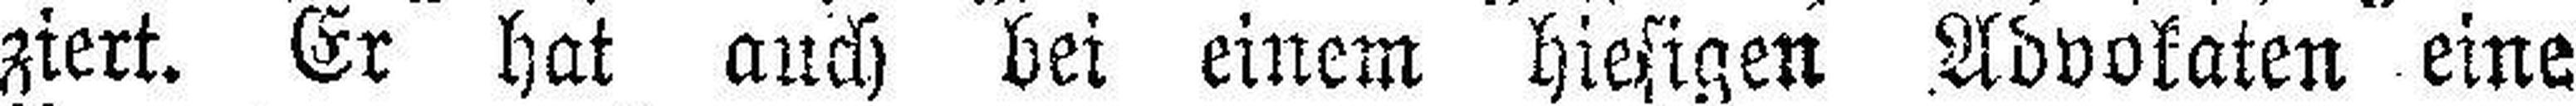
ziert. Er hat auch bei einem hiesigen Advokaten eine